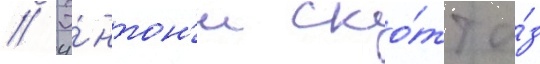
// Э́нтон'и ско́тт и́з